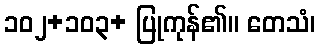
၁၀၂+၁၀၃+ ပြုကုန်၏။ တေသံ၊